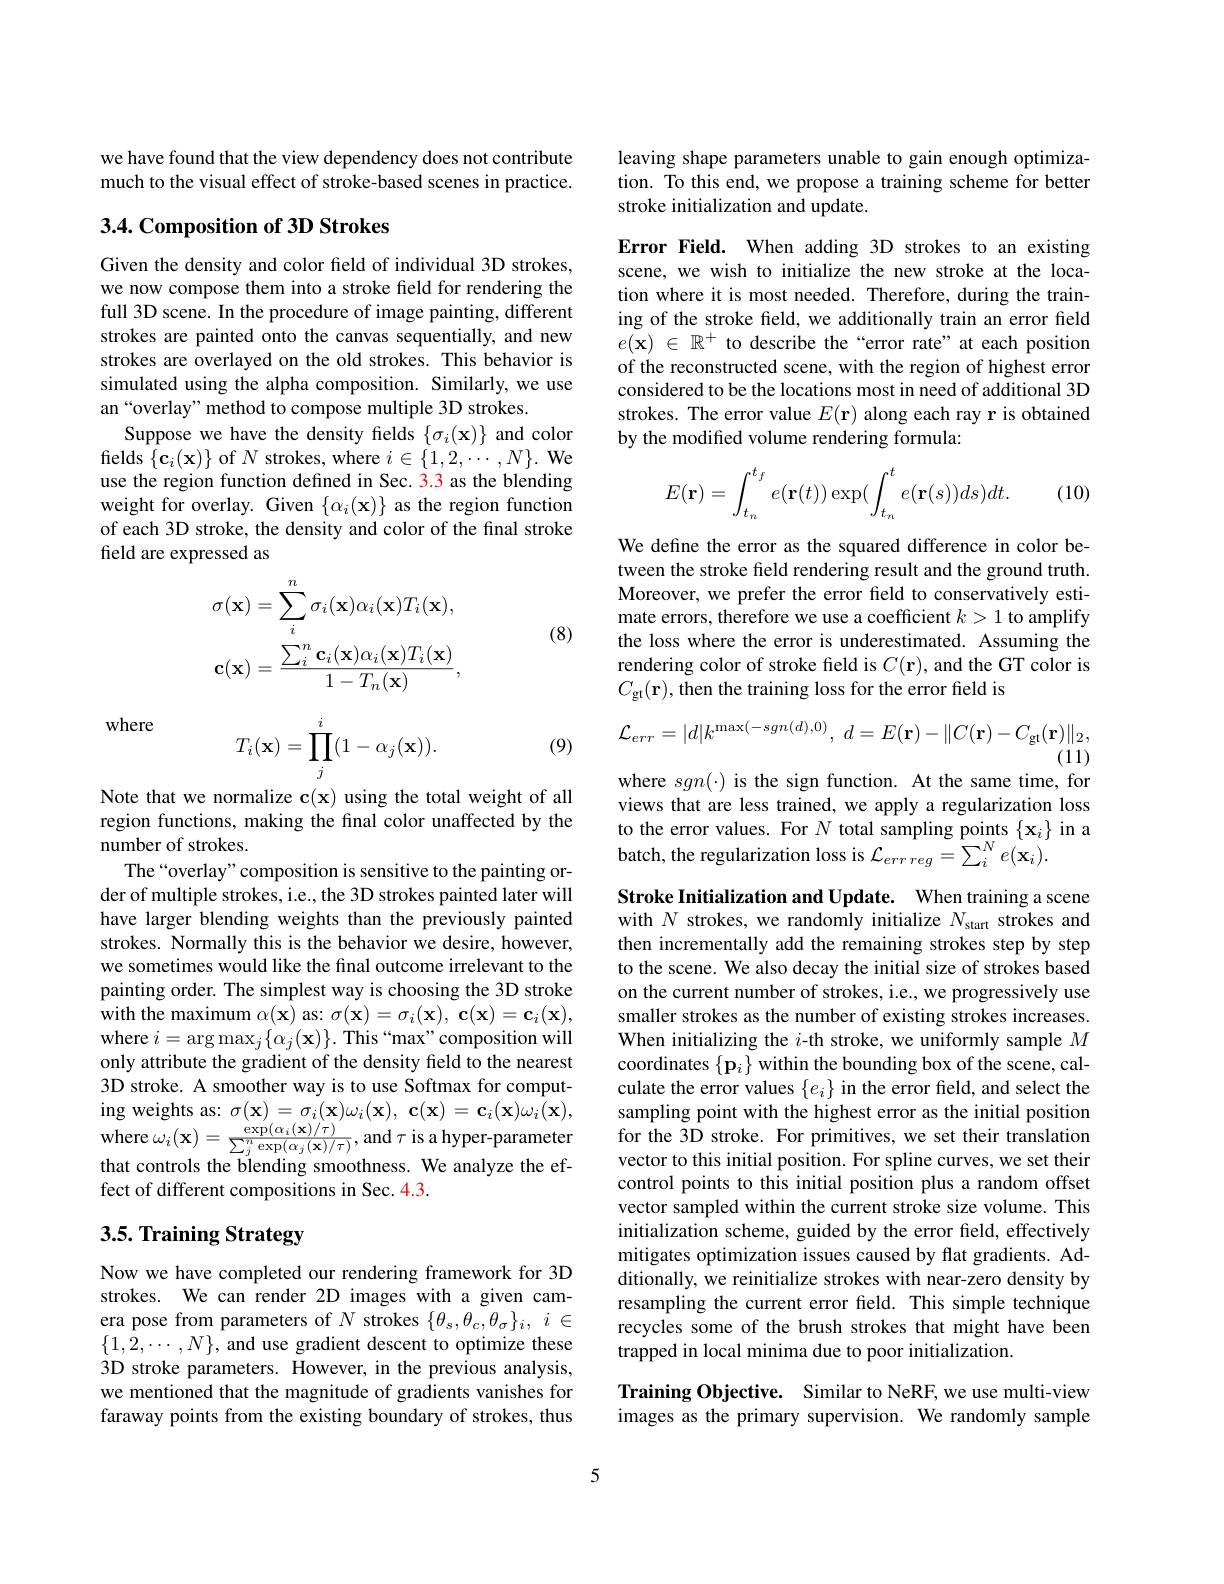
we have found that the view dependency does not contribute much to the visual effect of stroke-based scenes in practice.

## 3.4. Composition of 3D Strokes

Given the density and color field of individual 3D strokes, we now compose them into a stroke field for rendering the full 3D scene. In the procedure of image painting, different strokes are painted onto the canvas sequentially, and new strokes are overlayed on the old strokes. This behavior is simulated using the alpha composition. Similarly, we use an“overlay” method to compose multiple 3D strokes.
Suppose we have the density fields $\{\sigma_i(\mathbf{x})\}$ and color fields $\{\mathbf{c}_{i}(\mathbf{x})\}$ of $N$ strokes, where $i\in\{1,2,\cdots,N\}.$ We use the region function defined in Sec. 3.3 as the blending weight for overlay. Given $\{\alpha_{i}(\mathbf{x})\}$ as the region function of each 3D stroke, the density and color of the final stroke field are expressed as
$$\sigma(\mathbf{x})=\sum_{i}^{n}\sigma_{i}(\mathbf{x})\alpha_{i}(\mathbf{x})T_{i}(\mathbf{x}),\\\mathbf{c}(\mathbf{x})=\frac{\sum_{i}^{n}\mathbf{c}_{i}(\mathbf{x})\alpha_{i}(\mathbf{x})T_{i}(\mathbf{x})}{1-T_{n}(\mathbf{x})},$$
(8)

where

(9)
$$T_i(\mathbf{x})=\prod_j^i(1-\alpha_j(\mathbf{x})).$$
Note that we normalize $\mathbf{c}(\mathbf{x})$ using the total weight of all region functions, making the final color unaffected by the number of strokes.
The“overlay”composition is sensitive to the painting order of multiple strokes, i.e., the 3D strokes painted later will have larger blending weights than the previously painted strokes. Normally this is the behavior we desire, however, we sometimes would like the final outcome irrelevant to the painting order. The simplest way is choosing the 3D stroke with the maximum $\alpha(\mathbf{x})$ as: $\sigma ( \mathbf{x} ) = \sigma _i( \mathbf{x} ) , \textbf{ c}( \mathbf{x} ) = \mathbf{c} _i( \mathbf{x} ) $, where $i=\arg\max_j\{\alpha_j(\mathbf{x})\}.$ This“max”composition will only attribute the gradient of the density field to the nearest 3D stroke. A smoother way is to use Softmax for computing weights as: $\sigma ( \mathbf{x} ) = \sigma _{i}( \mathbf{x} ) \omega _{i}( \mathbf{x} ) , \textbf{c}( \mathbf{x} ) = \mathbf{c} _{i}( \mathbf{x} ) \omega _{i}( \mathbf{x} ) $, where $\omega_i(\mathbf{x})=\frac{\exp(\alpha_i(\mathbf{x})/\tau)}{\sum_j^n\exp(\alpha_j(\mathbf{x})/\tau)}$,and $\tau$ is a hyper-parameter that controls the blending smoothness. We analyze the effect of different compositions in Sec. 4.3.

# 3.5. Training Strategy

Now we have completed our rendering framework for 3D strokes. We can render 2D images with a given camera pose from parameters of $N$ strokes $\{\theta_s,\theta_c,\theta_\sigma\}_i,i\in$ $\{1,2,\cdots,N\}$, and use gradient descent to optimize these 3D stroke parameters. However, in the previous analysis, we mentioned that the magnitude of gradients vanishes for faraway points from the existing boundary of strokes, thus

leaving shape parameters unable to gain enough optimization. To this end, we propose a training scheme for better stroke initialization and update.

Error Field. When adding 3D strokes to an existing scene, we wish to initialize the new stroke at the location where it is most needed. Therefore, during the training of the stroke field, we additionally train an error field $e( \mathbf{x} )$ $\in$ $\mathbb{R} ^{+ }$ to describe the“error rate”at each position of the reconstructed scene, with the region of highest error considered to be the locations most in need of additional 3D strokes. The error value $E(\mathbf{r})$ along each ray r is obtained by the modified volume rendering formula:
$$E(\mathbf{r})=\int_{t_n}^{t_f}e(\mathbf{r}(t))\exp(\int_{t_n}^te(\mathbf{r}(s))ds)dt.$$
(10)

We define the error as the squared difference in color between the stroke field rendering result and the ground truth. Moreover, we prefer the error field to conservatively estimate errors, therefore we use a coefficient $k>1$ to amplify the loss where the error is underestimated. Assuming the rendering color of stroke field is $C(\mathbf{r})$, and the GT color is $C_{\mathrm{gt}}( \mathbf{r} ) $, then the training loss for the error field is
$$\mathcal{L}_{err}=|d|k^{\max(-sgn(d),0)},\:d=E(\mathbf{r})-\|C(\mathbf{r})-C_{\mathrm{gt}}(\mathbf{r})\|_{2},$$
(11)

where $sgn(\cdot)$ is the sign function. At the same time, for

views that are less trained, we apply a regularization loss to the error values. For $N$ total sampling points $\{\mathbf{x}_i\}$ in a batch, the regularization loss is $\mathcal{L}_{err\:reg}=\sum_i^Ne(\mathbf{x}_i).$

Stroke Initialization and Update. When training a scene with $N$ strokes, we randomly initialize $N_\mathrm{start}$ strokes and then incrementally add the remaining strokes step by step to the scene. We also decay the initial size of strokes based on the current number of strokes, i.e., we progressively use smaller strokes as the number of existing strokes increases. When initializing the $i$-th stroke, we uniformly sample $M$ coordinates $\{\mathbf{p}_{i}\}$ within the bounding box of the scene, calculate the error values $\{e_i\}$ in the error field, and select the sampling point with the highest error as the initial position for the 3D stroke. For primitives, we set their translation vector to this initial position. For spline curves, we set their control points to this initial position plus a random offset vector sampled within the current stroke size volume. This initialization scheme, guided by the error field, effectively mitigates optimization issues caused by flat gradients. Additionally, we reinitialize strokes with near-zero density by resampling the current error field. This simple technique recycles some of the brush strokes that might have been trapped in local minima due to poor initialization.

Training Objective. Similar to NeRF, we use multi-view images as the primary supervision. We randomly sample

5